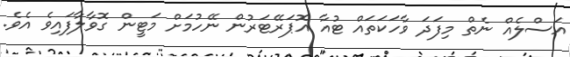
އަސްލެއް ނެތް މިފަދަ ވާހަކަތައް ޓުއާ އޮޕަރޭޓަރުން ނޭހުމަށް މަޓީން ގޮވާލާފައިވެ އެވެ.